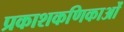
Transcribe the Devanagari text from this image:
प्रकाशकणिकाओं